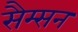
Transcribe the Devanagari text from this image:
सैम्सन